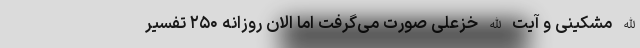
الله مشکینی و آیت الله خزعلی صورت می‌گرفت اما الان روزانه ۲۵۰ تفسیر